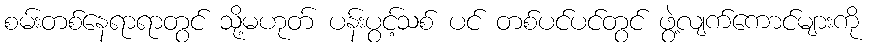
စမ်းတစ်နေရာရာတွင် သို့မဟုတ် ပန်းပွင့်သစ် ပင် တစ်ပင်ပင်တွင် ဖွဲ့လျက်ကောင်များကို